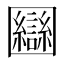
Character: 圝